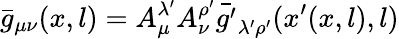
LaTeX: \bar{g}_{\mu\nu}(x,l)=A_{\mu}^{\lambda^{\prime}}A_{\nu}^{\rho^{\prime}}\bar{g^{\prime}}_{\lambda^{\prime}\rho^{\prime}}(x^{\prime}(x,l),l)